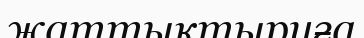
жаттықтыруға